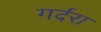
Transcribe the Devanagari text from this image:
गर्दरा